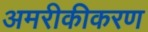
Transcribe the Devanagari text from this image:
अमरीकीकरण